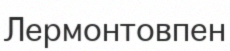
Лермонтовпен